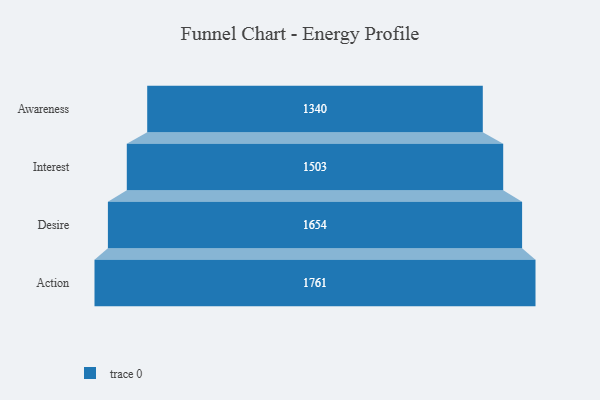
{"axis": {"x": "Stage", "y": "Value"}, "legend": [""], "data": [{"x": "Awareness", "y": 1340.0, "type": ""}, {"x": "Interest", "y": 1503.0, "type": ""}, {"x": "Desire", "y": 1654.0, "type": ""}, {"x": "Action", "y": 1761.0, "type": ""}]}